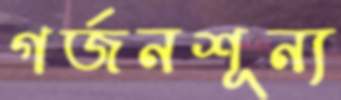
গর্জনশূন্য